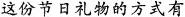
这份节日礼物的方式有